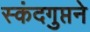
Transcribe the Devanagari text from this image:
स्कंदगुप्तने